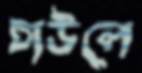
চাউলে